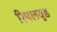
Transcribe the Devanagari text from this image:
रिपलवुड